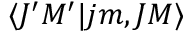
\langle J ^ { \prime } M ^ { \prime } | j m , J M \rangle